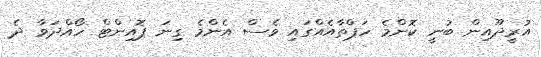
އުރީދޫއިން ބުނީ ކޮންމެ ހަޕްތާއެއްގައި ވެސް އެންމެ ގިނަ ޕޮއިންޓް ހޯއްދަވާ ދެ